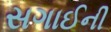
સગાઈની